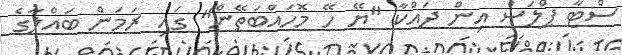
ސްޓާ ޕްލަސް އިން ދައްކާ "ޔޭ ހޭ މޮހައްބަތޭން" ގައި ރަމަން ބައްލާގެ